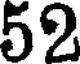
52